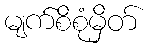
မျက်စိစုံမှိတ်